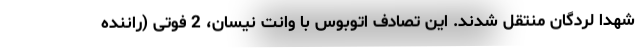
شهدا لردگان منتقل شدند. این تصادف اتوبوس با وانت نیسان، 2 فوتی (راننده